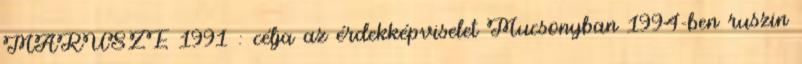
MARUSZE 1991 : célja az érdekképviselet Mucsonyban 1994-ben ruszin